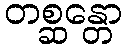
တစ္ဆန္တော